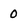
Character: 0